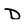
Character: D